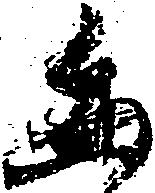
壬